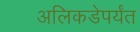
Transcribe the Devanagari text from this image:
अलिकडेपर्यंत